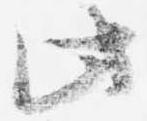
此